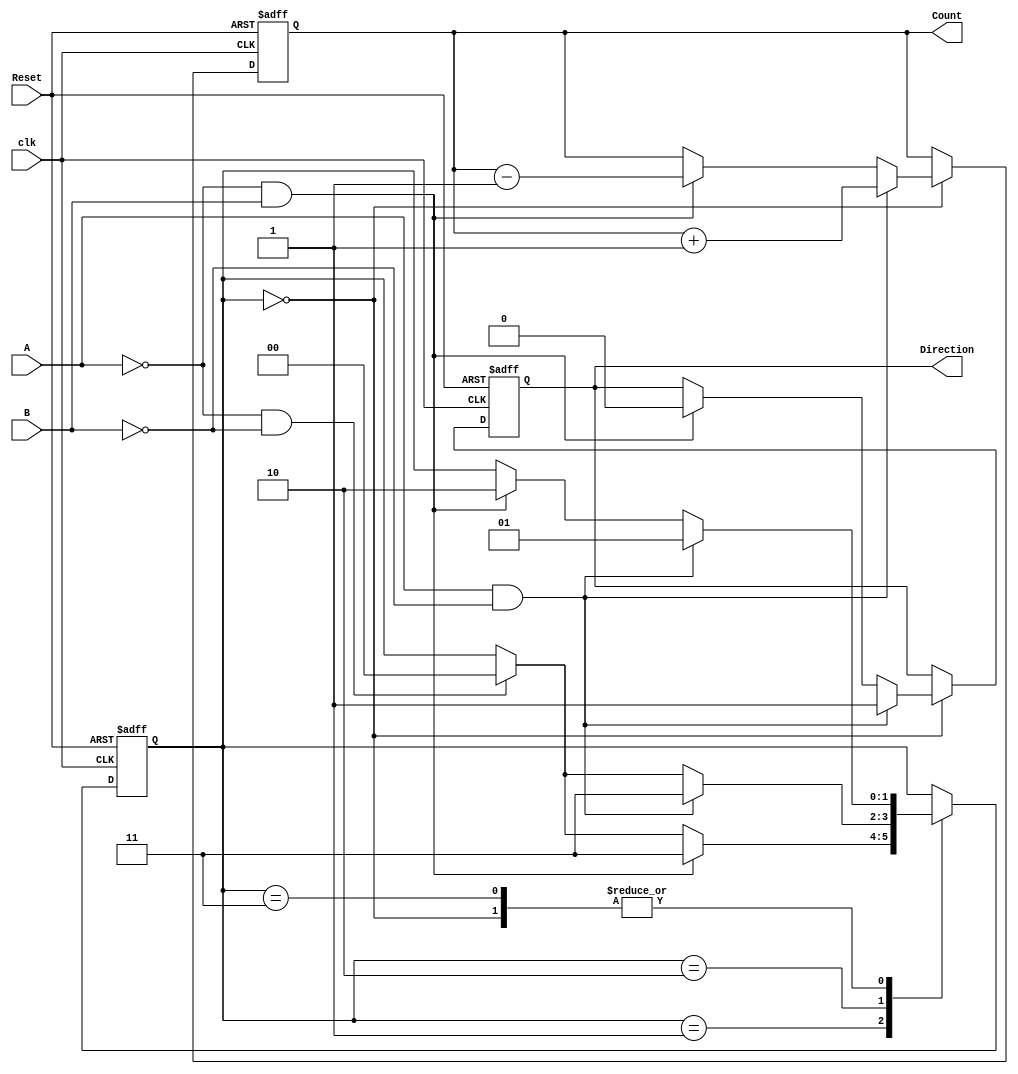
module rotary_encoder (
    input wire A,         // Encoder output A
    input wire B,         // Encoder output B
    input wire Reset,     // Reset signal
    input wire clk,       // Clock signal for synchronization (if needed)
    output reg [7:0] Count, // Count value (8-bit, can be adjusted as needed)
    output reg Direction   // Direction: 1 for clockwise, 0 for counterclockwise
);

    // State encoding
    reg [1:0] current_state;

    // State definitions
    parameter STATE_00 = 2'b00;
    parameter STATE_01 = 2'b01;
    parameter STATE_10 = 2'b10;
    parameter STATE_11 = 2'b11;

    // Initial state
    initial begin
        Count = 8'b0;       // Initialize count to 0
        Direction = 1'b0;   // Default direction (could be defined as clockwise (1) or counterclockwise (0))
        current_state = STATE_00; // Starting state
    end

    // Combinational logic for state transitions and count updates
    always @(posedge clk or posedge Reset) begin
        if (Reset) begin
            Count <= 8'b0; // Reset count
            Direction <= 1'b0; // Reset direction
            current_state <= STATE_00; // Reset state
        end else begin
            // State detection based on inputs A and B
            case (current_state)
                STATE_00: begin
                    if (A && !B) begin
                        Count <= Count + 1;           // Clockwise rotation
                        Direction <= 1'b1;            // Set direction to clockwise
                        current_state <= STATE_01;    // Move to next state
                    end else if (!A && B) begin
                        Count <= Count - 1;           // Counterclockwise rotation
                        Direction <= 1'b0;            // Set direction to counterclockwise
                        current_state <= STATE_10;    // Move to next state
                    end
                end

                STATE_01: begin
                    if (!A && B) begin
                        current_state <= STATE_11;    // Transition to next state
                    end else if (!A && !B) begin
                        current_state <= STATE_00;    // Transition back to initial state
                    end
                end

                STATE_10: begin
                    if (A && !B) begin
                        current_state <= STATE_11;    // Transition to next state
                    end else if (!A && !B) begin
                        current_state <= STATE_00;    // Transition back to initial state
                    end
                end

                STATE_11: begin
                    if (A && !B) begin
                        current_state <= STATE_01;    // Transition back to STATE_01
                    end else if (!A && B) begin
                        current_state <= STATE_10;    // Transition back to STATE_10
                    end
                end

                default: begin
                    current_state <= STATE_00; // Default to initial state
                end
            endcase
        end
    end

endmodule